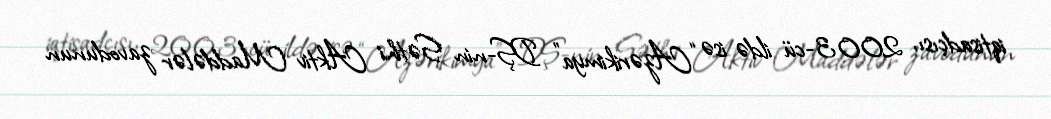
iqtisadçısı, 2003-cü ildə isə “Azərikimya” DŞ-nin Səthi Aktiv Maddələr zavodunun